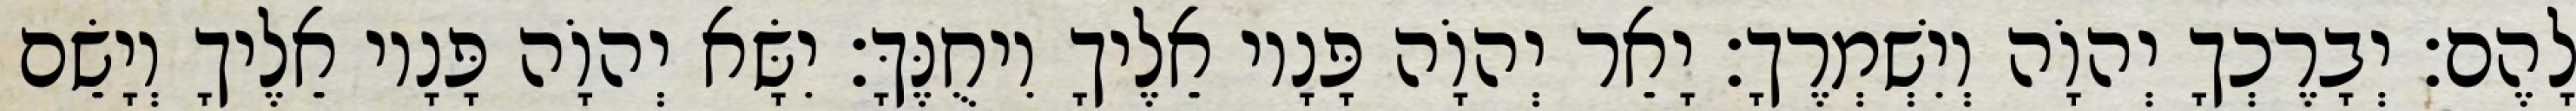
לָהֶם׃ יְבָרֶכְךָ יְהוָֹה וְיִשְׁמְרֶךָ׃ יָאֵר יְהוָֹה פָּנָיו אֵלֶיךָ וִיחֻנֶּךָּ׃ יִשָּׂא יְהוָֹה פָּנָיו אֵלֶיךָ וְיָשֵׂם